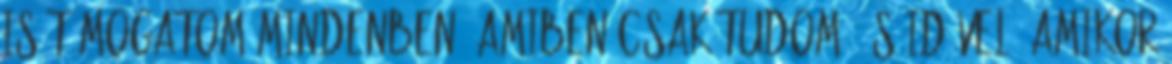
is támogatom mindenben, amiben csak tudom. És idõvel, amikor